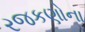
રજકણોના